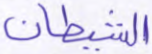
الشيطان